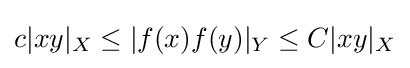
c|xy|_{X}\leq |f(x)f(y)|_{Y}\leq C|xy|_{X}